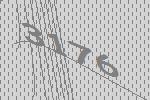
3176